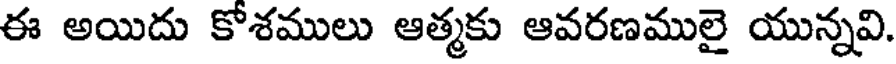
ఈ అయిదు కోశములు ఆత్మకు ఆవరణములై యున్నవి.